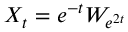
X _ { t } = e ^ { - t } W _ { e ^ { 2 t } }